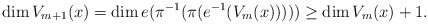
\begin{align*}\dim V_{m+1}(x) = \dim e(\pi ^{-1} (\pi ( e^{-1}(V_{m}(x)) ))) \geq \dim V_{m}(x)+1.\end{align*}